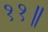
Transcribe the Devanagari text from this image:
११॥